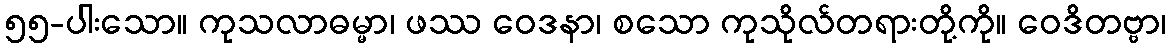
၅၅-ပါးသော။ ကုသလာဓမ္မာ၊ ဖဿ ဝေဒနာ၊ စသော ကုသိုလ်တရားတို့ကို။ ဝေဒိတဗ္ဗာ၊